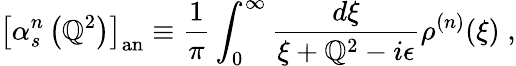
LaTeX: {\left[\alpha_{s}^{n}\left(\mathbb{Q}^{2}\right)\right]}_{\mathrm{{an}}}\equiv\frac{{1}}{{\pi}}\int_{0}^{\infty}\frac{{d\xi}}{{\xi+\mathbb{Q}^{2}-i\epsilon}}\rho^{(n)}(\xi)\; ,